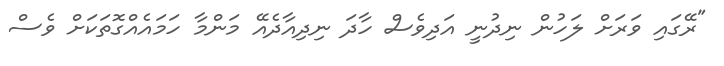
"ރޭގައި ވަރަށް ލަހުން ނިދުނީ އަދިވެސް ހާދަ ނިދިއާދެއޭ މަންމާ ހަމައެއްގޮތަކަށް ވެސް